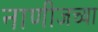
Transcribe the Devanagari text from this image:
नाणीजच्या